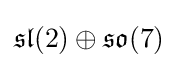
{\mathfrak {sl}}(2)\oplus {\mathfrak {so}}(7)